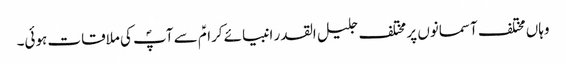
وہاں مختلف آسمانوں پر مختلف جلیل القدر انبیائے کرامؑ سے آپؐ کی ملاقات ہوئی۔